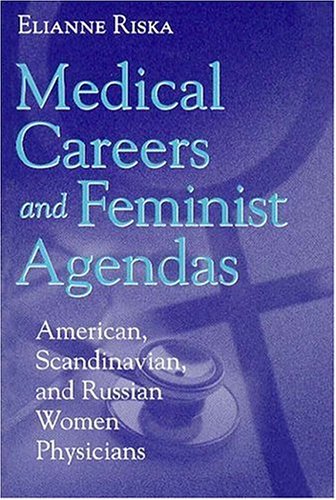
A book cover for Medical Careers and Feminist Agendas: American, Scandinavian, and Russian Women Physicians (Social Institutions and Social Change); Elianne Riska; Medical Books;